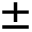
\pm